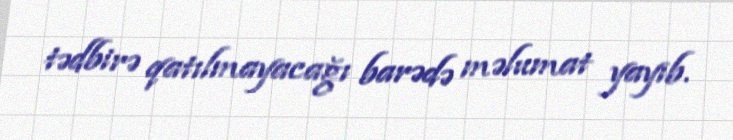
tədbirə qatılmayacağı barədə məlumat yayıb.